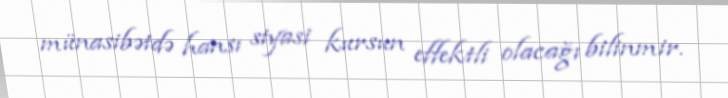
münasibətdə hansı siyasi kursun effektli olacağı bilinmir.